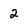
Character: 2